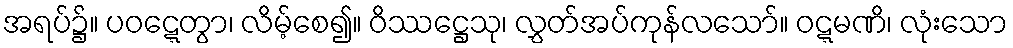
အရပ်၌။ ပဝဋ္ဋေတွာ၊ လိမ့်စေ၍။ ဝိဿဋ္ဌေသု၊ လွှတ်အပ်ကုန်လသော်။ ဝဋ္ဋမဏိ၊ လုံးသော